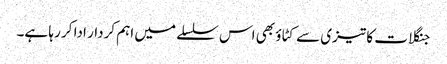
جنگلات کا تیزی سے کٹاؤ بھی اس سلسلے میں اہم کردار ادا کر رہا ہے۔